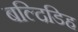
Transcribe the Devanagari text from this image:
बल्दिडिह